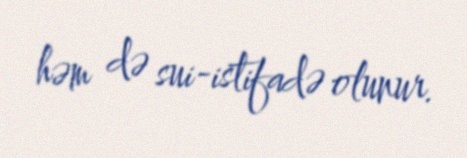
həm də sui-istifadə olunur.